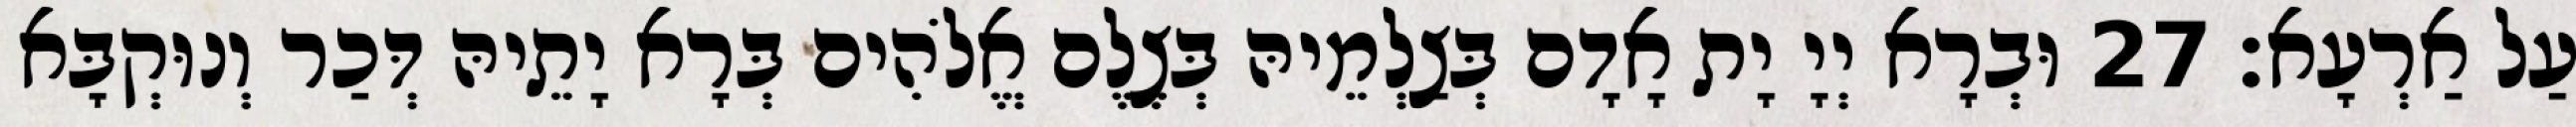
עַל אַרְעָא׃ 27 וּבְרָא יְיָ יָת אָדָם בְּצַלְמֵיהּ בְּצֶלֶם אֱלֹהִים בְּרָא יָתֵיהּ דְּכַר וְנוּקְבָּא